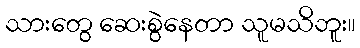
သားတွေ ဆေးစွဲနေတာ သူမသိဘူး။